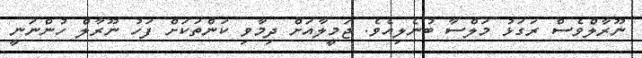
ނޫރާލްވެސް ރަގަޅު މަލްސާ ބުނެލިއެވެ. ޖަމީލާއަށް ދިމާވި ކަންތަކަށް ފަހު ނޫރާލް ހުންނަނީ